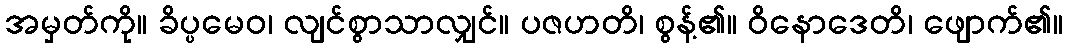
အမှတ်ကို။ ခိပ္ပမေဝ၊ လျင်စွာသာလျှင်။ ပဇဟတိ၊ စွန့်၏။ ဝိနောဒေတိ၊ ဖျောက်၏။